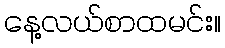
နေ့လယ်စာထမင်း။